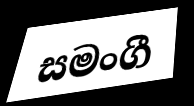
සමංගී